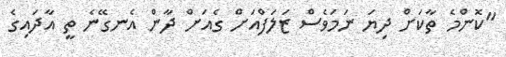
"ކޮންމެ ތާކަށް ދިޔަ ނަމަވެސް ޒަލަފްއަށް ގެއަށް ދާން އެނގޭނެ ތީ އާދައިގެ